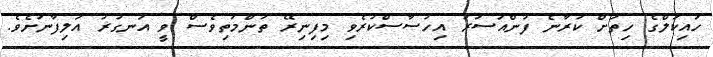
ހައިކަލްގެ ހިތަށް ކުރާނެ ފުންއަސަރު އިހުސާސްކުރެވި މިފިނިރޭ ތަންމަތިވެސް ވީ އަނގުރު އަލިފާނަށެވެ.